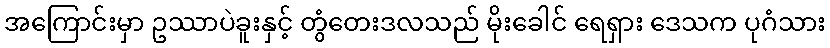
အကြောင်းမှာ ဥဿာပဲခူးနှင့် တွံတေးဒလသည် မိုးခေါင် ရေရှား ဒေသက ပုဂံသား